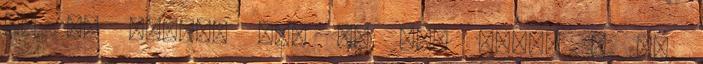
és az ötödik hét az UFA piac. A QB